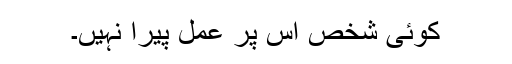
کوئی شخص اس پر عمل پیرا نہیں۔